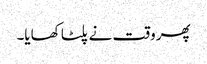
پھر وقت نے پلٹا کھایا۔